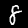
Digit: 8